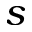
s